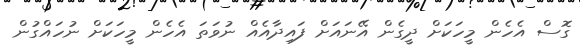
ގޮސް އެހެން މީހަކަށް ދީގެން އޭނައަށް ފައިދާއެއް ނުވަތަ އެހެން މީހަކަށް ނުހައްގުން